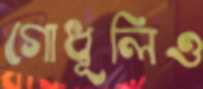
গোধূলিও